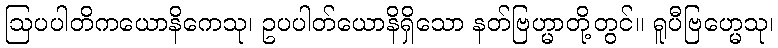
ဩပပါတိကယောနိကေသု၊ ဥပပါတ်ယောနိရှိသော နတ်ဗြဟ္မာတို့တွင်။ ရူပီဗြဟ္မေသု၊